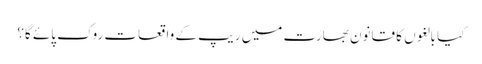
کیا بالغوں کا قانون بھارت میں ریپ کے واقعات روک پائے گا؟